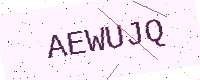
Text: AEWUJQ